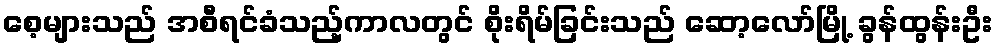
စေ့များသည် အစီရင်ခံသည့်ကာလတွင် စိုးရိမ်ခြင်းသည် ဆော့လော်မြို့ ခွန်ထွန်းဦး